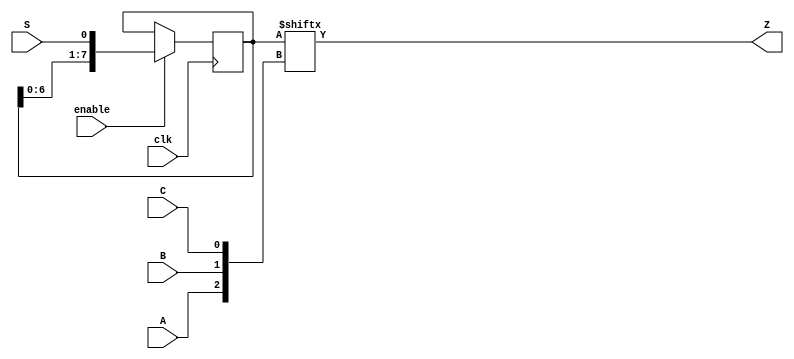
module top_module (
	input clk,
	input enable,
	input S,
	
	input A, B, C,
	output reg Z
);

	reg [7:0] q;
	
	// The final circuit is a shift register attached to a 8-to-1 mux.
	


	// Create a 8-to-1 mux that chooses one of the bits of q based on the three-bit number {A,B,C}:
	// There are many other ways you could write a 8-to-1 mux
	// (e.g., combinational always block -> case statement with 8 cases).
	assign Z = q[ {A, B, C} ];



	// Edge-triggered always block: This is a standard shift register (named q) with enable.
	// When enabled, shift to the left by 1 (discarding q[7] and and shifting in S).
	always @(posedge clk) begin
		if (enable)
			q <= {q[6:0], S};	
	end
	
	
	
endmodule